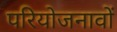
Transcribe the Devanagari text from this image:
परियोजनावों